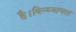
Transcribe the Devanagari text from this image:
है।विन्ध्याचल